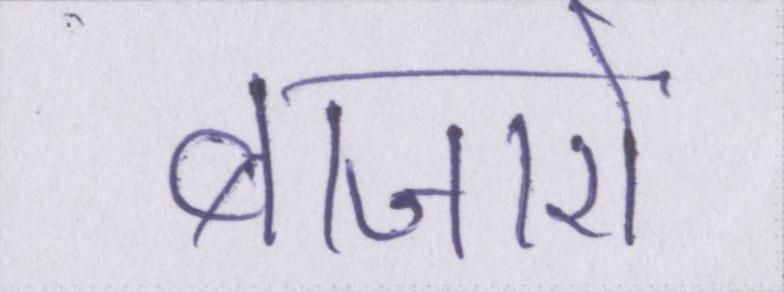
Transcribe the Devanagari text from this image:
बाजारों